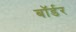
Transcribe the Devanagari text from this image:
बाॅर्डर